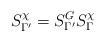
LaTeX: \begin{align*}S^\chi_{\Gamma'}=S^G_{\Gamma'}S^\chi_{\Gamma}\end{align*}